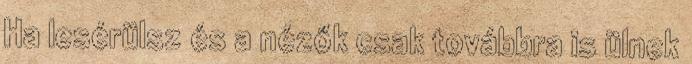
Ha lesérülsz és a nézők csak továbbra is ülnek